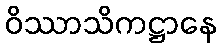
ဝိဿာသိကဋ္ဌာနေ